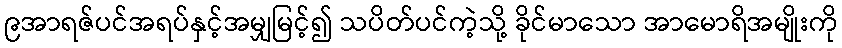
၉အာရဇ်ပင်အရပ်နှင့်အမျှမြင့်၍ သပိတ်ပင်ကဲ့သို့ ခိုင်မာသော အာမောရိအမျိုးကို